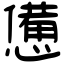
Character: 憊